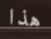
هذا